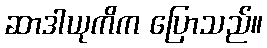
ဆာဒါယုကိက ပြောသည်။